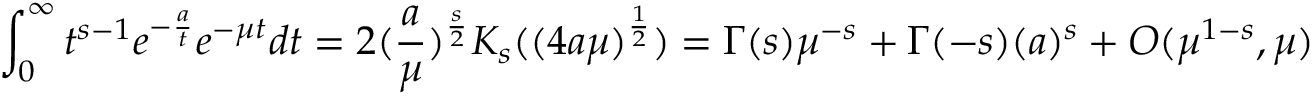
\int _ { 0 } ^ { \infty } t ^ { s - 1 } e ^ { - { \frac { a } { t } } } e ^ { - \mu t } d t = 2 ( { \frac { a } { \mu } } ) ^ { \frac { s } { 2 } } K _ { s } ( ( 4 a \mu ) ^ { \frac { 1 } { 2 } } ) = \Gamma ( s ) \mu ^ { - s } + \Gamma ( - s ) ( { a } ) ^ { s } + { \cal O } ( \mu ^ { 1 - s } , \mu )